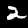
Digit: 2